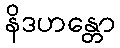
နိဒဟန္တော